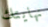
نهايتك